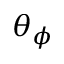
\theta _ { \phi }